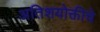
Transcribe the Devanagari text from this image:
अतिशयोक्तीचे